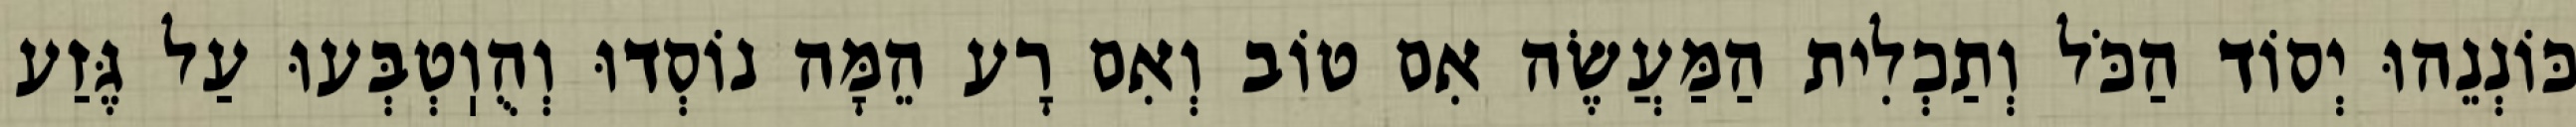
כּוֹנְנֵהוּ יְסוֹד הַכֹּל וְתַכְלִית הַמַּעֲשֶׂה אִם טוֹב וְאִם רָע הֵמָּה נוֹסְדוּ וְהֻוֽטְבְּעוּ עַל גֶּזַע